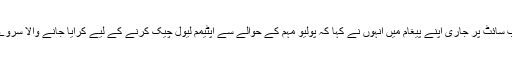
سماجی رابطے کی ویب سائٹ پر جاری اپنے پیغام میں انہوں نے کہا کہ پولیو مہم کے حوالے سے آپٹیمم لیول چیک کرنے کے لیے کرایا جانے والا سروے البتہ روک دیا گیاہے۔